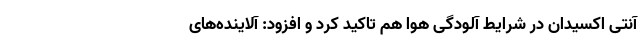
آنتی اکسیدان در شرایط آلودگی هوا هم تاکید کرد و افزود: آلاینده‌های